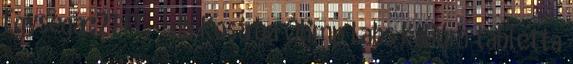
Egységár:21 Ft. db Kosárba Olimp Labs Kálium tabletta